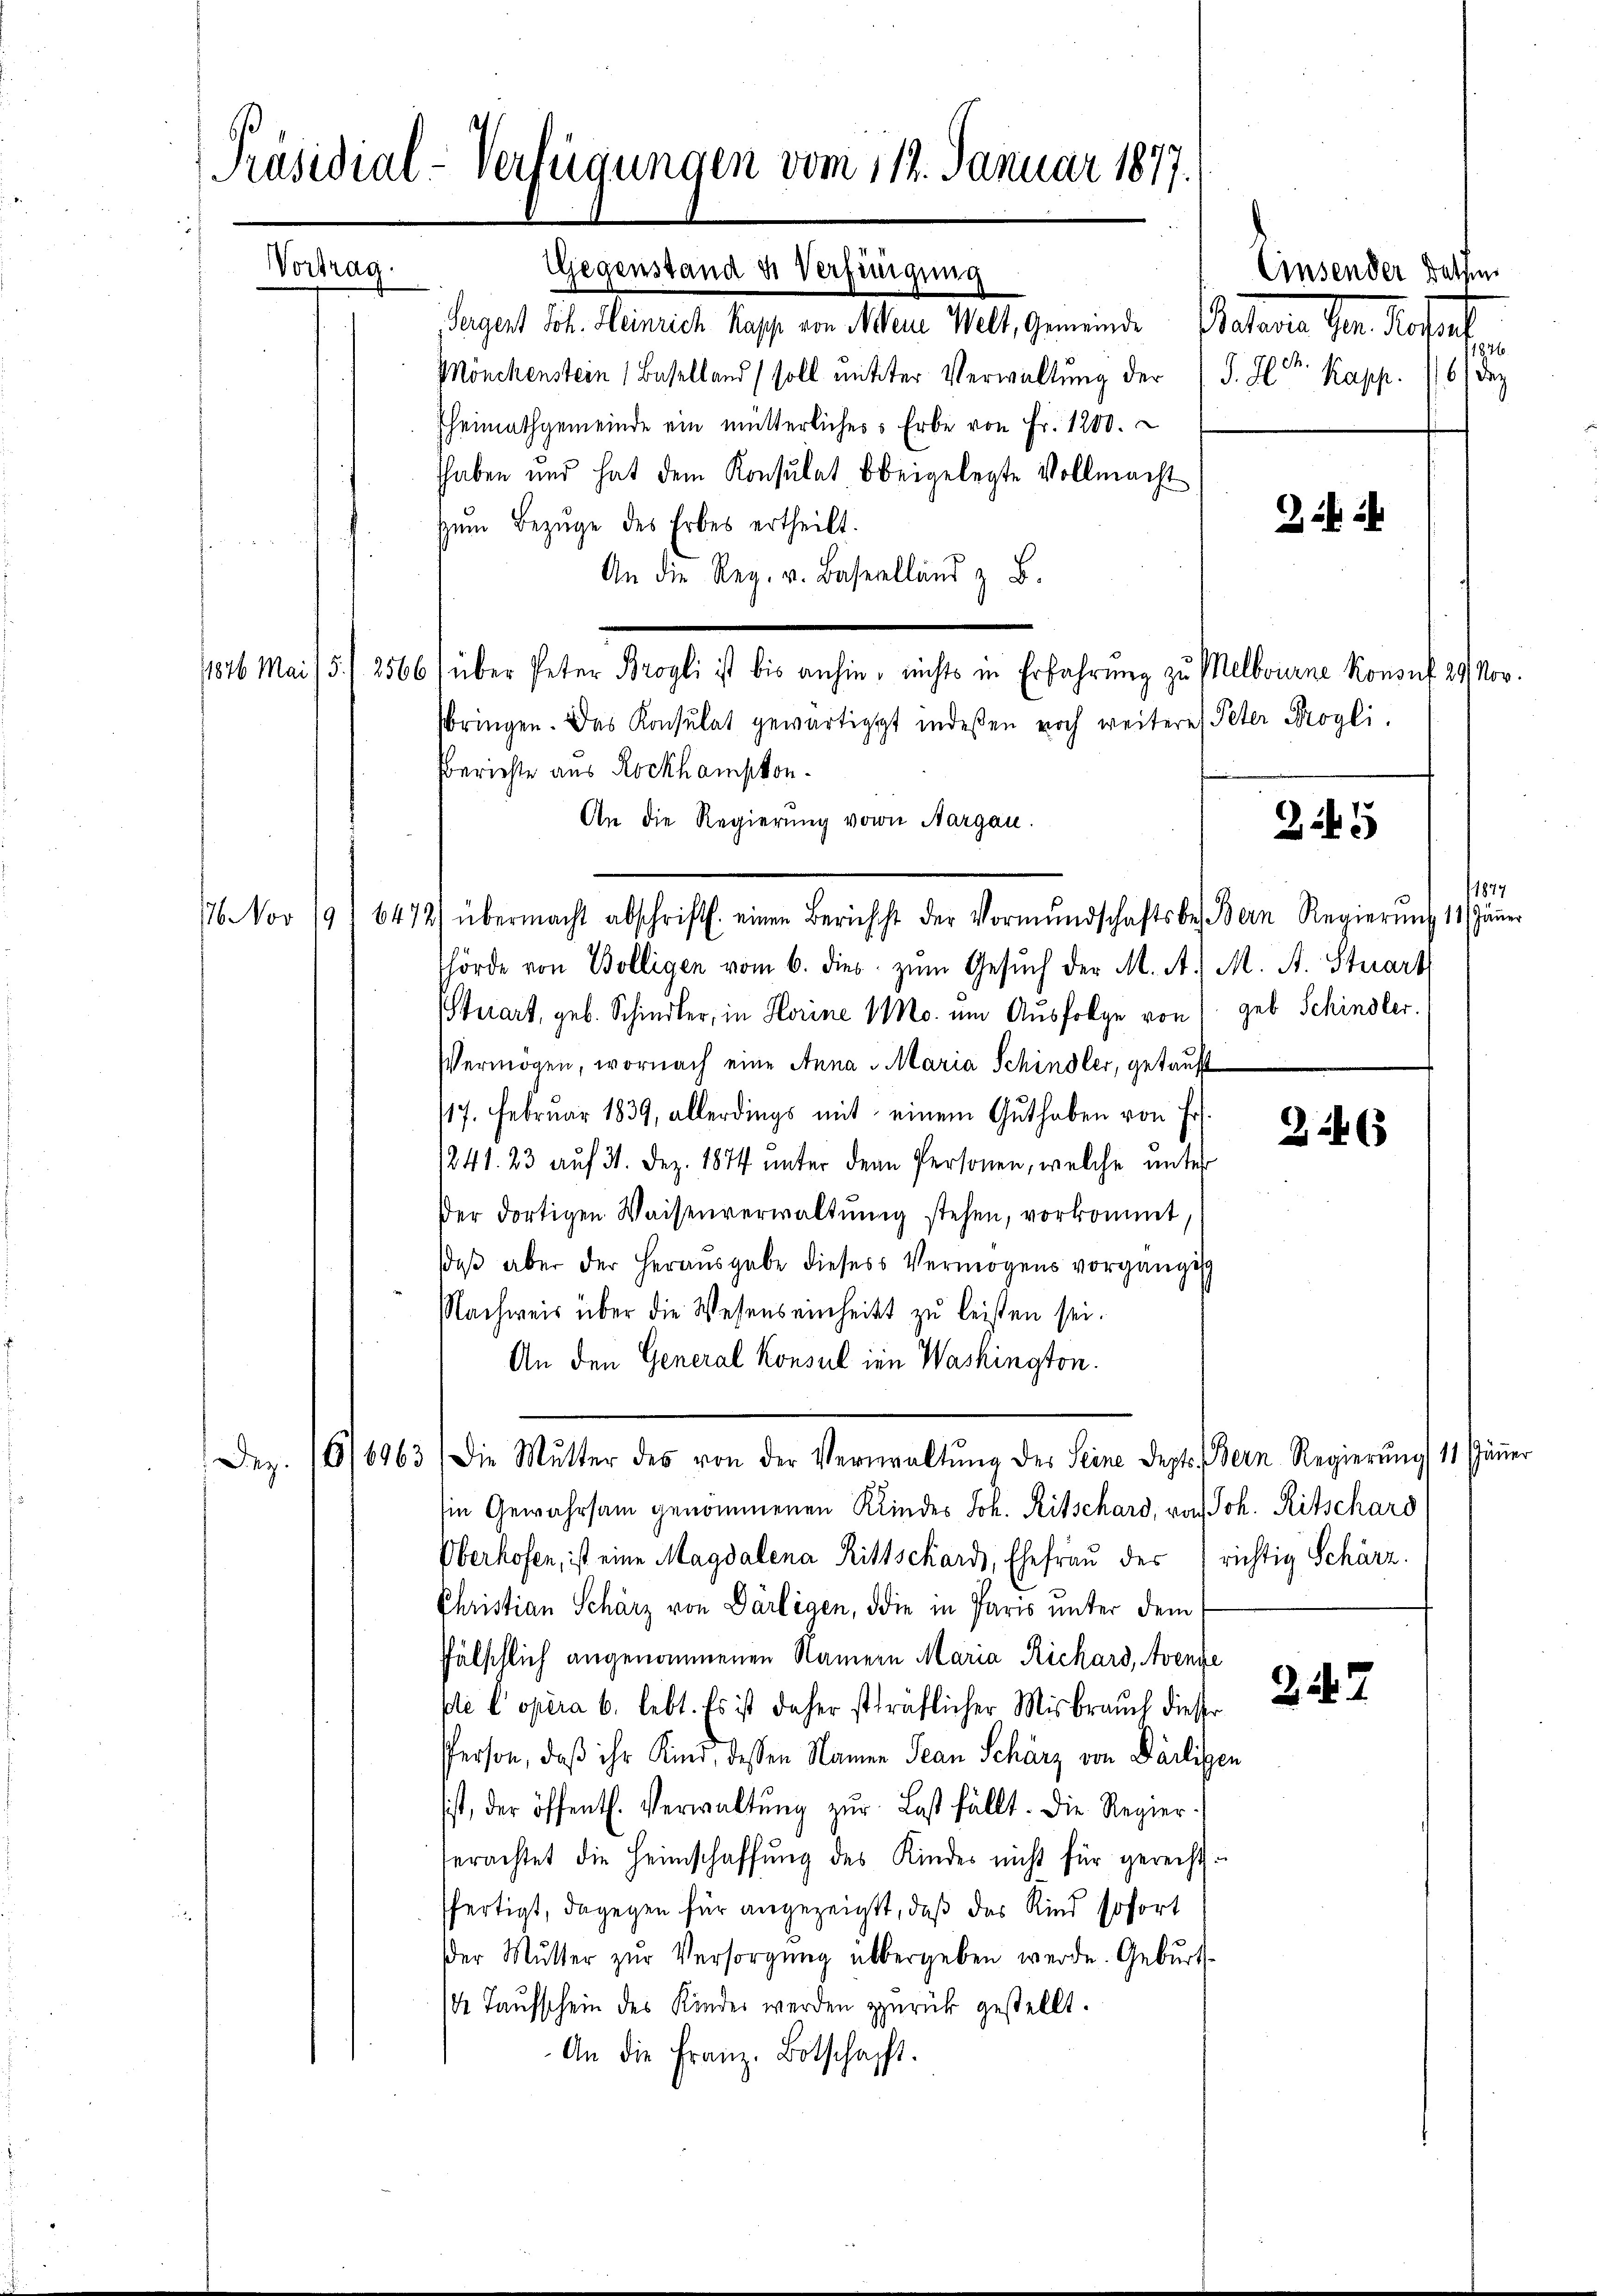
Präsidial-Verfügungen vom 114. Januar 1877.
Vortrag.
Gegenstand u. Verfügung
Vergert Joh. Heinrich Kasp. von Mein Welt, Gemeinde Batavia Ger. Rosse

Mönchenstein Baselland soll mitter Verwaltung der (S. H. Rapp.
Eheimathgemeinde ein mütterliches Erbe von Fr. 1200.
haben und hat dem Konsulat beigelegte Vollmacht
zŭm Bezüge des Erbes ertheilt.
An die Reg. v. Baselland z. B.
1876 Mai / 5./2566 (über Peter Brogli ist bis anhin, nichts in Erfahrung zu Melbourne Konsul 29 Nov.
sbringen. Das Konsulat gewärtigt indeßen noch weitere Peter Progli
Berichte aus Rockhampton.
An die Regierung von Aargau.
11877
176. Nov 19. 6472) übermacht abschriftl. einen Berichst der Vormŭndschaftsbestern Regierŭng 11. Jänner
hörde von Bolligen vom 6. dies zŭm Gesŭch der M. A. M. A. Stuart
Stuart, geb. Schindler, in Horine Mo. um Ausfolge von geb Schindler.
Vermögen, wornach eine Anna Maria Schindler, getauft
117. Februar 1839, allerdings mit einem Guthaben von Frs.
224
1241. 23 auf 31. Dez. 1874 unter den Personen, welche unter
der dortigen Waisenverwaltŭng stehen, vorkommt
daβ aber der Heraŭsgabe dieses Vermögens vorgängig
Nachweis über die Wesenseinheits zu leisten sei.
An den General Konsul in Washington.

Dez. 16/6963 die Mutter des von der Verwaltŭng der Seine Dept. Bern Regierŭng 11. Jäṅer

sie Gewahrsam genommenen Kindes Joh. Ritschard, von Joh. Ritschard
Oberhofen, ist eine Magdalena Rittschards, Ehefrau der richtig Schärz.
Christian Schärz von Därligen, die in Paris unter dem
fälschlich angenommenen Namern Maria Richard, Avence
ple Copira 6. lebt. Es ist daher sträflicher Misbrauch dieser
Person, daß ihr Kind, dessen Namen Jean Schärz von Dälligen
ist, der öffentl. Verwaltŭng zur Last fällt. Die Regier-
erachtet die Heimschaffŭng des Kindes nicht für gerecht.
ffertigt, dagegen für angezeigt, daß das Kind sofort
er Mŭtter zŭr Versorgŭng übergeben werde. Geburt
14 Taufschein des Kinder werden zurück gestellt.
An die Franz. Botschaft.

1836.
h.
6) de

Einsender Rathen

5

247